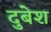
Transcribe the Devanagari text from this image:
दुबेश